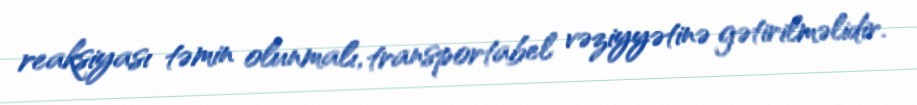
reaksiyası təmin olunmalı, transportabel vəziyyətinə gətirilməlidir.